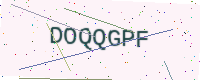
Text: DOQQGPF